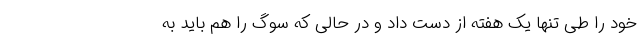
خود را طی تنها یک هفته از دست داد و در حالی که سوگ را هم باید به